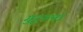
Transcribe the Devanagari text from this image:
गुट्टाला